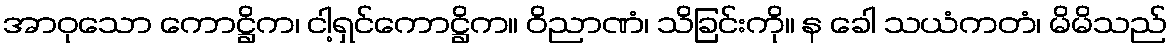
အာဝုသော ကောဋ္ဌိက၊ ငါ့ရှင်ကောဋ္ဌိက။ ဝိညာဏံ၊ သိခြင်းကို။ န ခေါ သယံကတံ၊ မိမိသည်